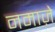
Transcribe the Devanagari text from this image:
नमाज़े